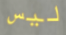
ليس